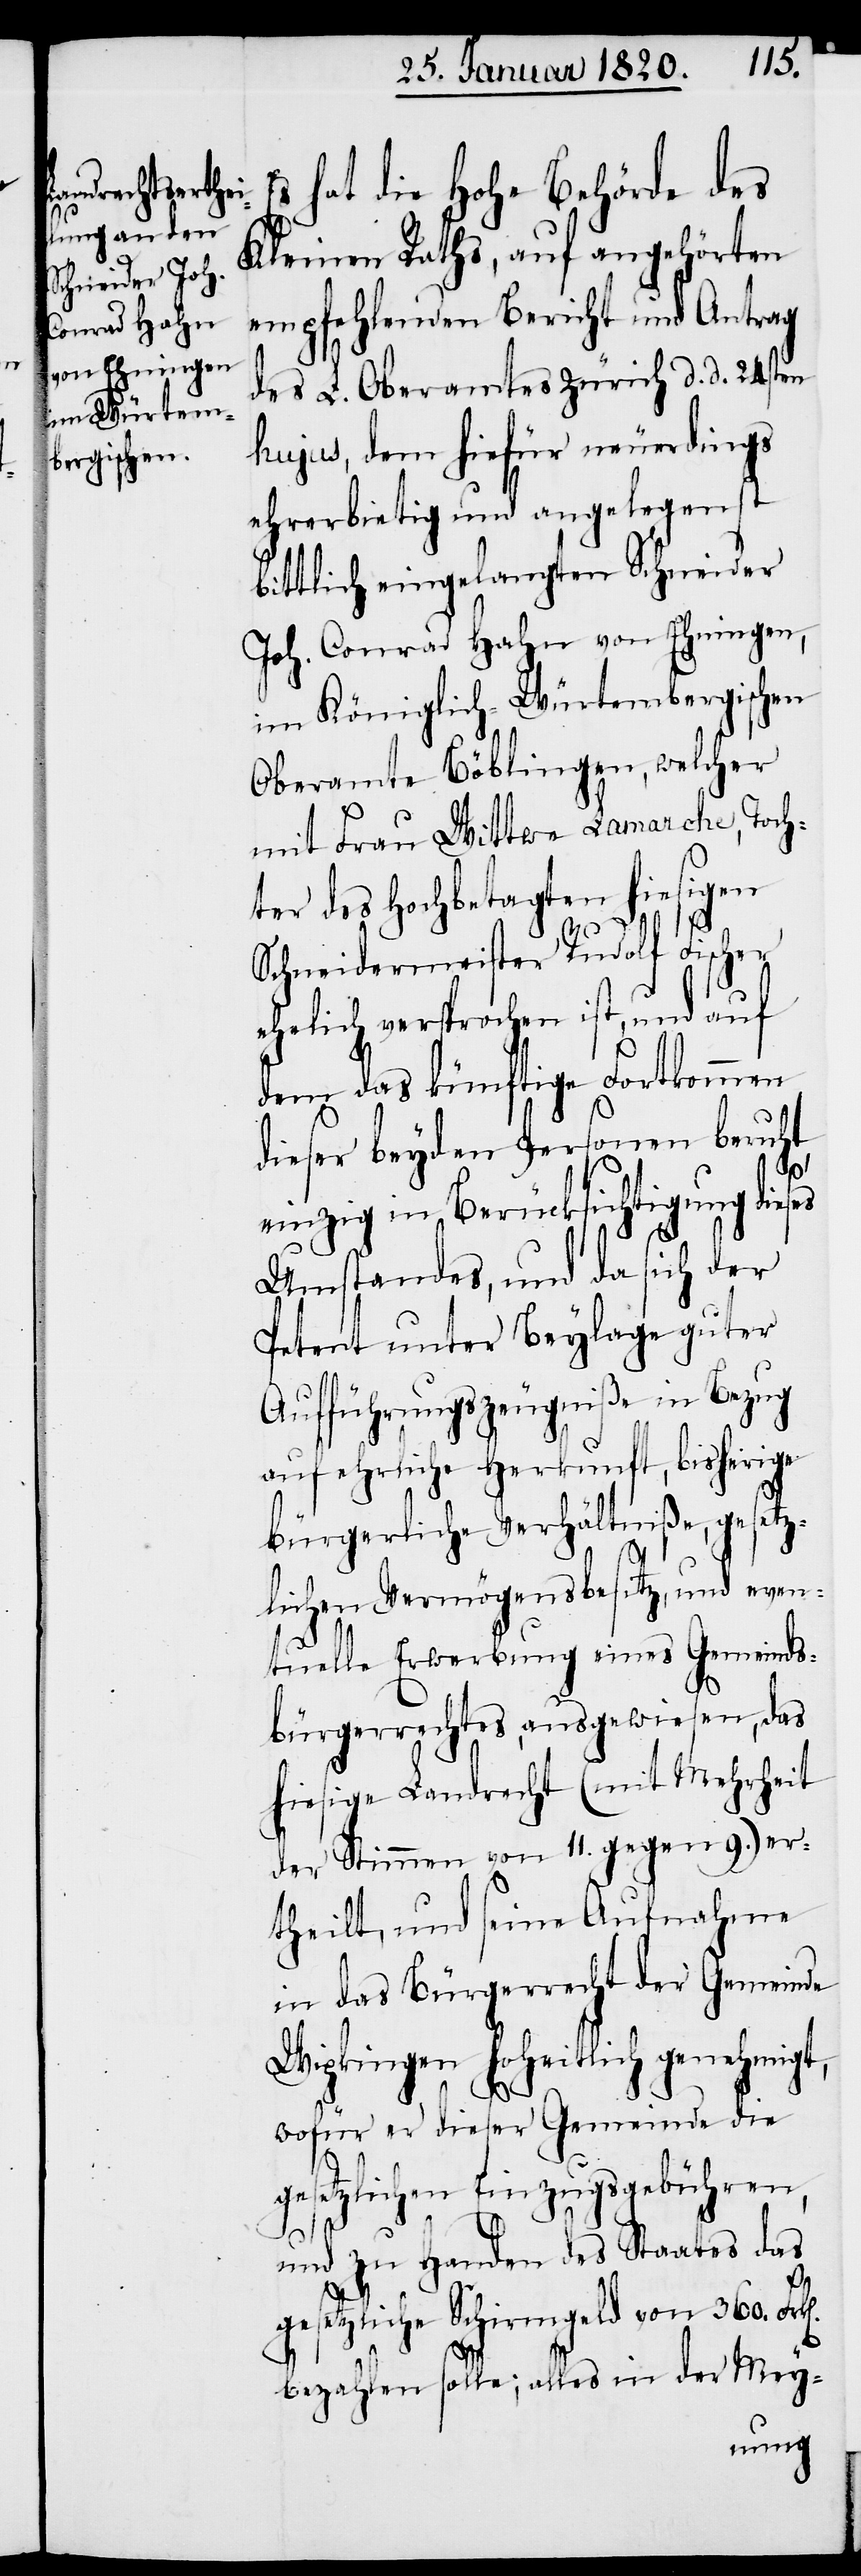
E¬
s hat die Hohe Behörde des
Kleinen Raths, auf angehörten
empfehlenden Bericht und Antrag
des L. Oberamtes Zürich d. d. 24sten
hujus, dem hiefür neuerdings
ehrerbietig und angelegenst
bittlich eingelangten Schneider
Joh. Conrad Hahn von Ehningen,
im Königlich-Würtembergischen
Oberamte Böblingen, welcher
mit Frau Wittwe Lamarche, Toch¬
ter des Hochbetagten hiesigen
Schneidermeister Rudolf Fischer
ehelich versprochen ist, und auf
dem das künftige Fortkommen
dieser beyden Personen beruht,
einzig in Berücksichtigung dieses
Umstandes, und da sich der
Petent unter Beylage guter
Aufführungszeugniße in Bezug
auf ehrliche Herkunft, bisherige
bürgerliche Verhältniße, gesetz¬
lichen Vermögensbesitz, und even¬
tuelle Erwerbung eines Gemeinds¬
bürgerrechtes, ausgewiesen, das
hiesige Landrecht (mit Mehrheit
der Stimmen von 11. gegen 9.) er¬
theilt, und seine Aufnahme
in das Bürgerrecht der Gemeinde
Wipkingen hoheitlich genehmigt,
wofür er dieser Gemeinde die
gesetzlichen Einzugsgebühren,
und zu Handen des Staates das
gesetzliche Schirmgeld von 360.
bezahlen solle; alles in der Mey-